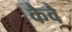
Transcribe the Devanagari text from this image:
कैवै